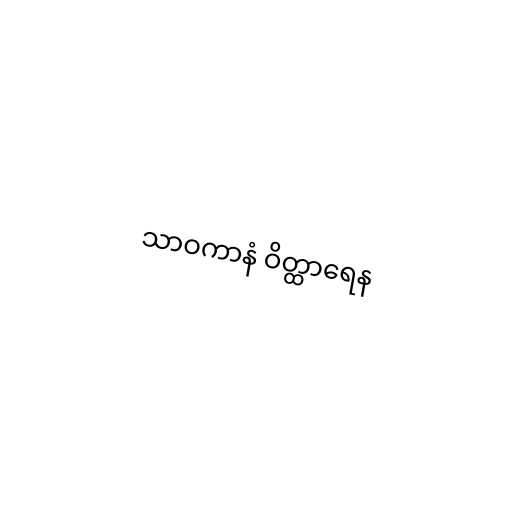
သာဝကာနံ ဝိတ္ထာရေန